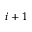
i + 1